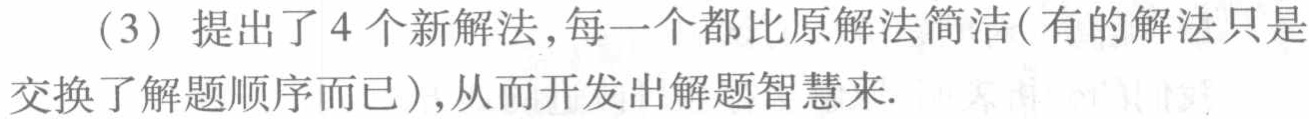
（3）提出了4个新解法,每一个都比原解法简洁(有的解法只是交换了解题顺序而已),从而开发出解题智慧来.